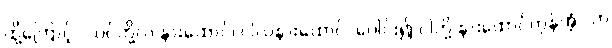
ထို့ကြောင့် “သင်တို့လဲ နားထောင်၊ ငါလဲနားထောင်၊ ပေါင်း၍ ငါတို့ နားထောင်ကုန်အံ့” ဟု